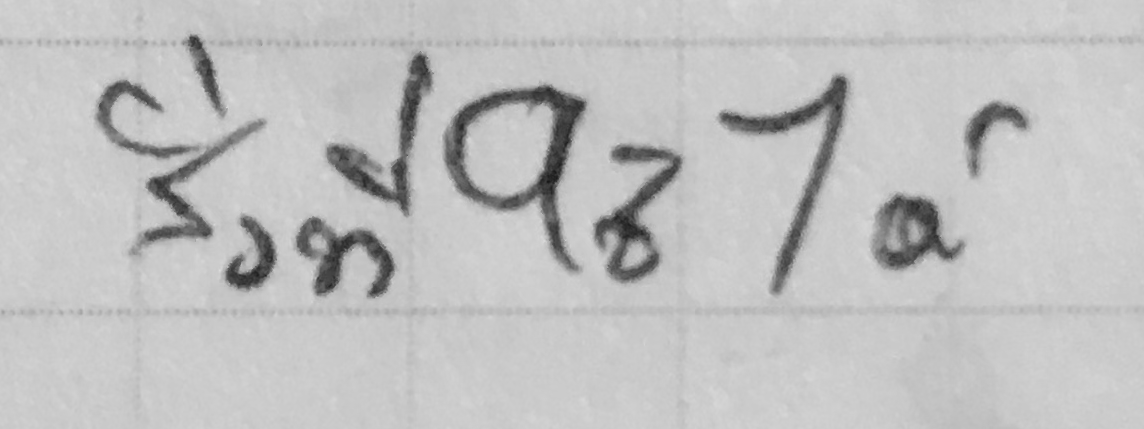
สิ่งที่ใช้ได้